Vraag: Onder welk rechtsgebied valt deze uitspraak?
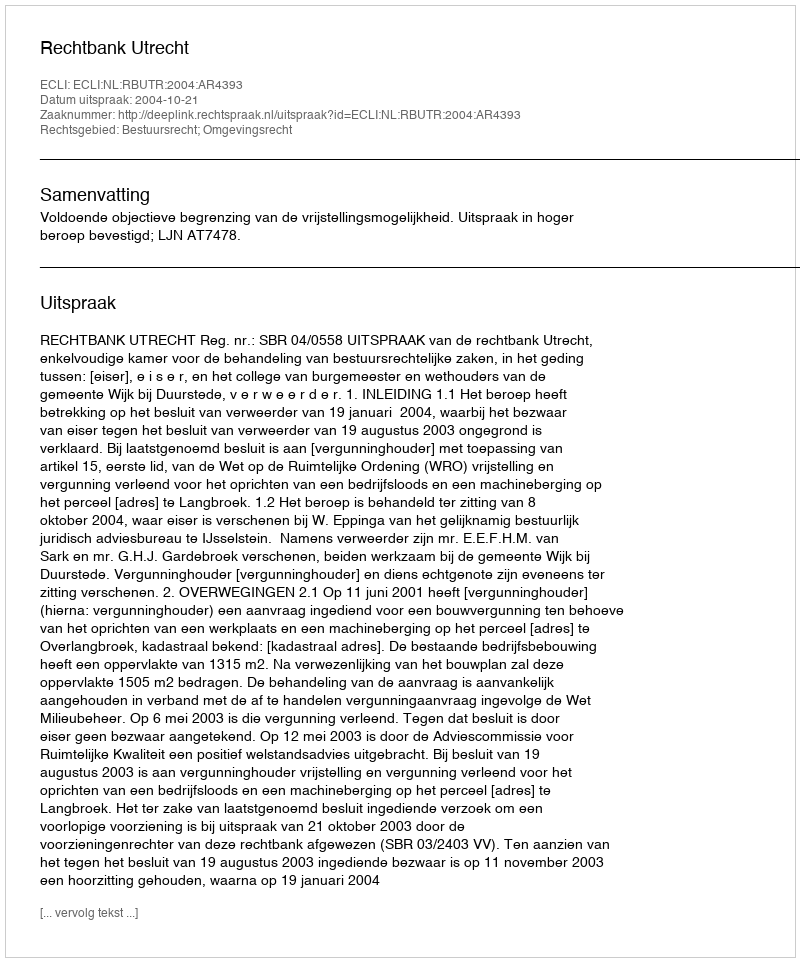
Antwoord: Bestuursrecht; Omgevingsrecht